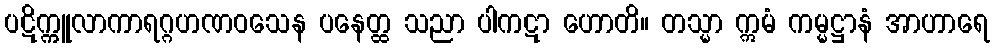
ပဋိက္ကူလာကာရဂ္ဂဟဏဝသေန ပနေတ္ထ သညာ ပါကဋာ ဟောတိ။ တသ္မာ ဣမံ ကမ္မဋ္ဌာနံ အာဟာရေ